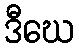
ဒီဃေ